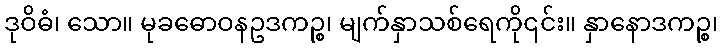
ဒုဝိဓံ၊ သော။ မုခဓောဝနဥဒကဉ္စ၊ မျက်နှာသစ်ရေကို၎င်း။ နှာနောဒကဉ္စ၊